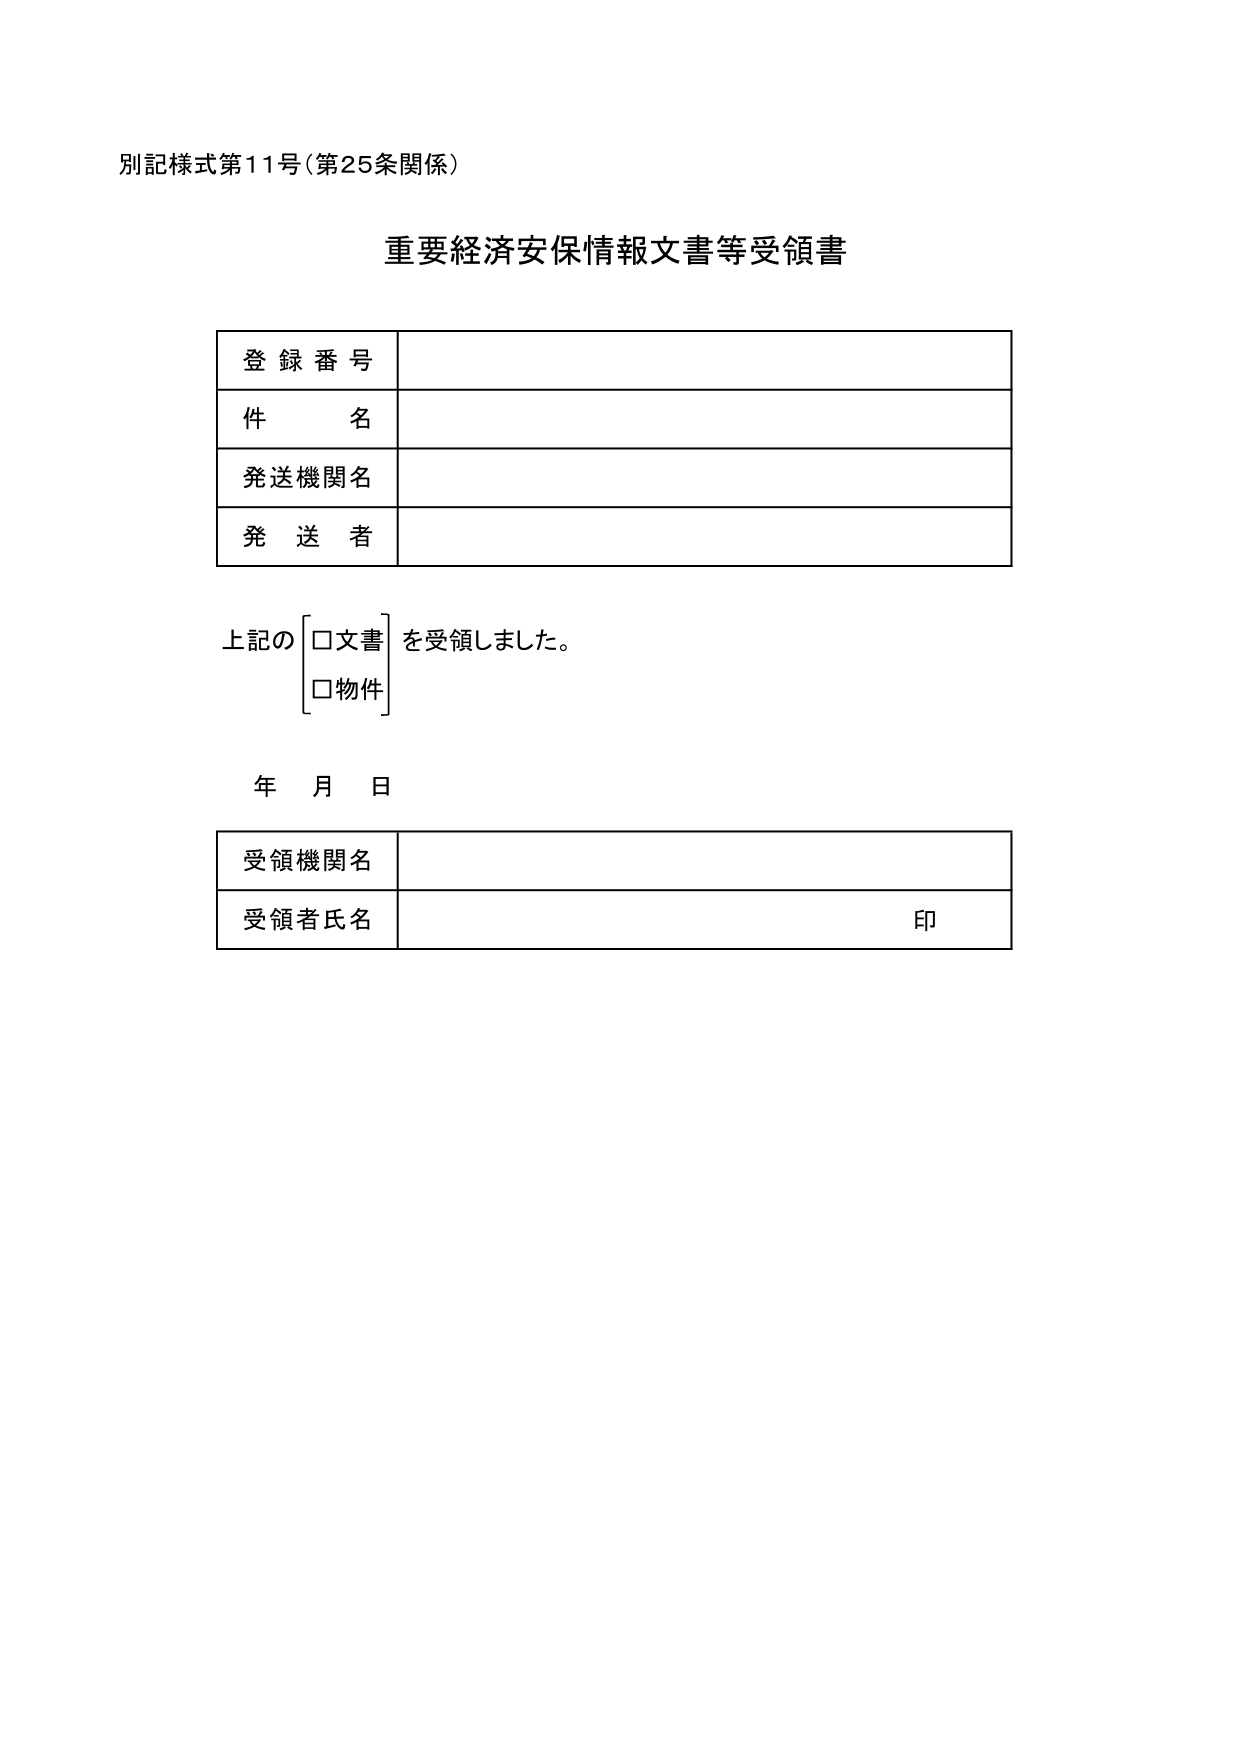
別記様式第11号（第25条関係）

重要経済安保情報文書等受領書

登録番号

件名

発送機関名

発送者

上記の
□文書
□物件
を受領しました。

年 月 日

受領機関名

受領者氏名　　　　　　　　　　　　　　　　　　　　　印